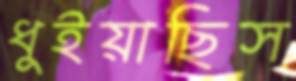
ধুইয়াছিস